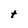
Character: t